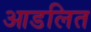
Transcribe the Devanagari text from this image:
आडलित